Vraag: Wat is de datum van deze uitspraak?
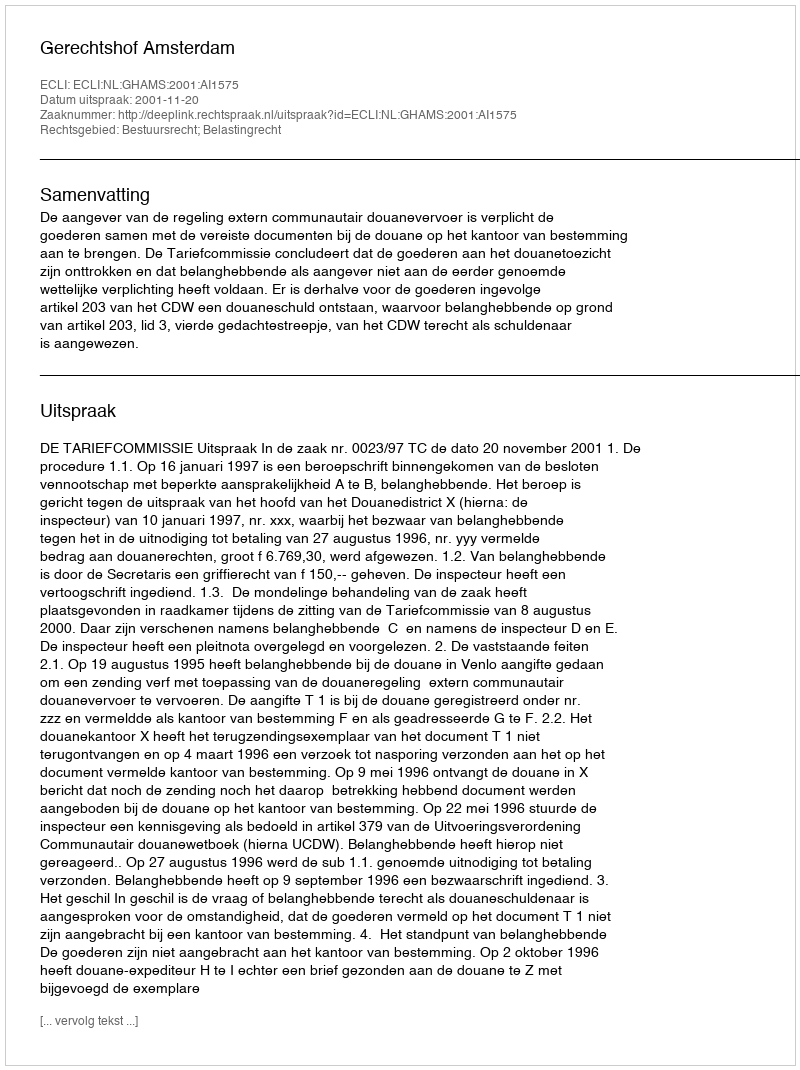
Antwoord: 2001-11-20